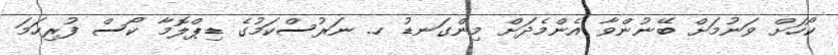
ކޯހަށް ވަނުމަށް ބޭނުންވާ އެންމެދަށް މިންގަނޑު ހ. ނަރުސްކަމުގެ ޑިޕްލޮމާ ކޯސް ފުރިހަމަ